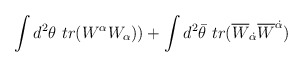
\begin{align*}\int d^2\theta~tr(W^{\alpha}W_{\alpha}))+ \int d^2\bar{\theta}~tr(\overline{W}_{\dot{\alpha}}\overline{W}^{\dot{\alpha}})\end{align*}